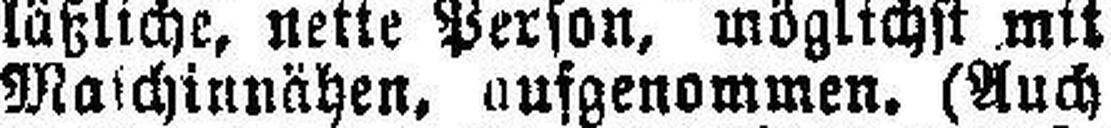
Maschinnähen, aufgenommen. (Auch